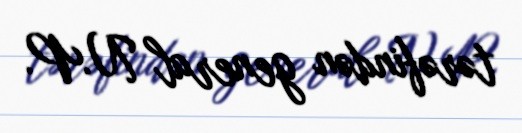
tərəfindən general N.P.